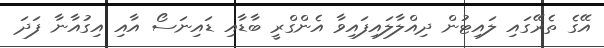
އޭގެ ތެރޭގައި ލައިޓުން ދިއްލާލައިފައިވާ އެންގްރީ ބާޑާއި ޑައިނަސޯ އާއި އިގުއާނާ ފަދަ